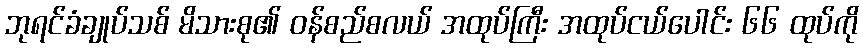
ဘုရင်ခံချုပ်သစ် မိသားစု၏ ဝန်စည်စလယ် အထုပ်ကြီး အထုပ်ငယ်ပေါင်း ၆၆ ထုပ်ကို